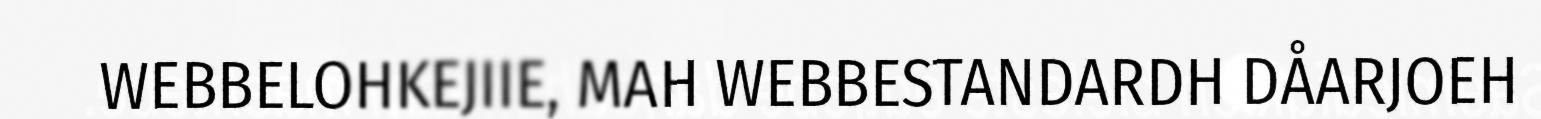
WEBBELOHKEJIIE, MAH WEBBESTANDARDH DÅARJOEH